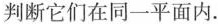
判断它们在同一平面内。